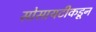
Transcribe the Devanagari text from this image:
सोसायटीकडून